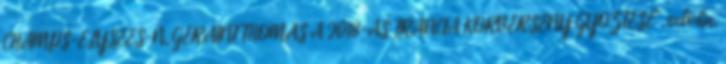
CHAMPS-ÉLYSÉES-N, GERAINT THOMAS A 2018-AS FRANCIA KÖRVERSENY GYŐZTESE”, velo.hu,